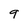
Character: 9